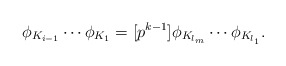
\begin{align*}\phi_{K_{i-1}} \cdots \phi_{K_1} = [p^{k-1}]\phi_{K_{l_m}} \cdots \phi_{K_{l_1}}.\end{align*}